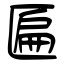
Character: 匾